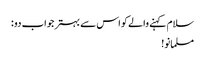
سلام کہنے والے کو اس سے بہتر جواب دو :
مسلمانو!